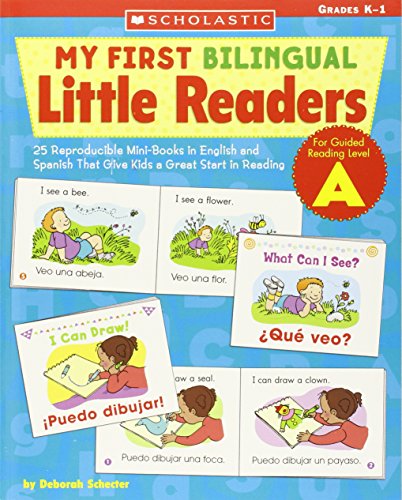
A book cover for My First Bilingual Little Readers: Level A: 25 Reproducible Mini-Books in English and Spanish That Give Kids a Great Start in Reading (Teaching Resources); Deborah Schecter; Children's Books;